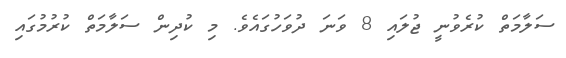
ސަލާމަތް ކުރެވުނީ ޖުލައި 8 ވަނަ ދުވަހުގައެވެ. މި ކުދިން ސަލާމަތް ކުރުމުގައި